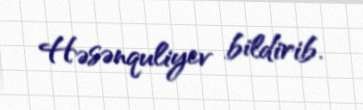
Həsənquliyev bildirib.